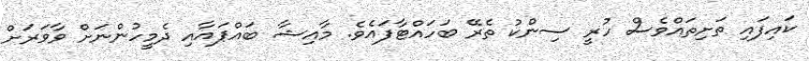
ކައިފައި ތަށިތައްވެސް ހުރީ ސިންކު ތެރޭ ބަހައްޓާފައެވެ. މާއިޝާ ބައްޕައާއި ދެމީހުންނަށް ވާވަރަށް